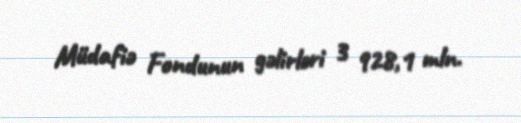
Müdafiə Fondunun gəlirləri 3 928,1 mln.